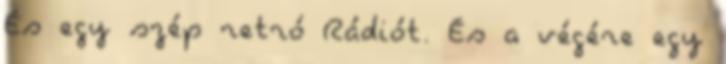
És egy szép retró Rádiót. És a végére egy